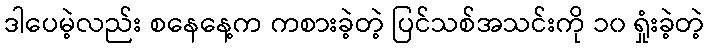
ဒါပေမဲ့လည်း စနေနေ့က ကစားခဲ့တဲ့ ပြင်သစ်အသင်းကို ၁၀ ရှုံးခဲ့တဲ့